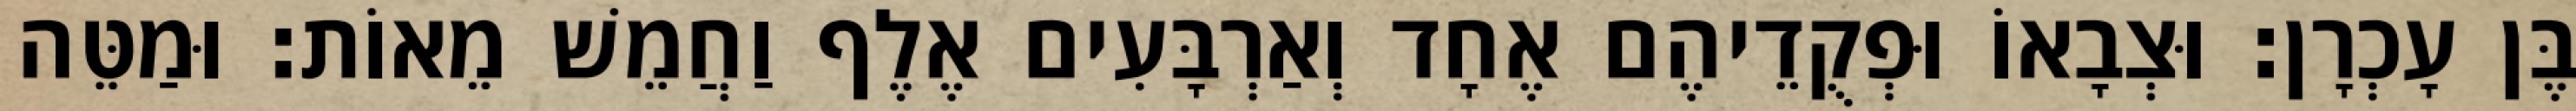
בֶּן עָכְרָן׃ וּצְבָאוֹ וּפְקֻדֵיהֶם אֶחָד וְאַרְבָּעִים אֶלֶף וַחֲמֵשׁ מֵאוֹת׃ וּמַטֵּה